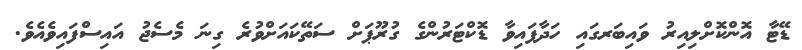
ޑޭޓާ އޮންކޮށްލިއިރު ވައިބަރގައި ހަދާފައިވާ ޑޮކްޓަރުންގެ ގުރޫޕަށް ސަތޭކައަށްވުރެ ގިނަ މެސެޖު އައިސްފައިވެއެވެ.